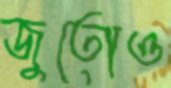
জুতোও